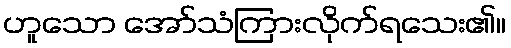
ဟူသော အော်သံကြားလိုက်ရသေး၏။